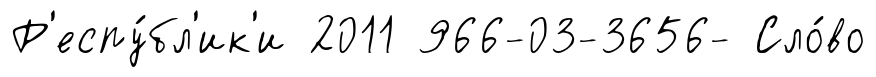
Р'еспу́бл'ик'и 2011 966-03-3656- Сло́во